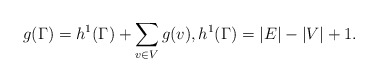
\begin{align*}g(\Gamma) = h^1(\Gamma)+\sum_{v\in V} g(v), h^1(\Gamma)=|E|-|V|+1.\end{align*}